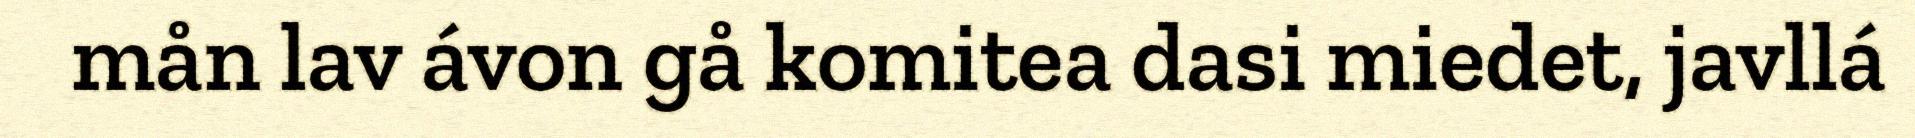
mån lav ávon gå komitea dasi miedet, javllá